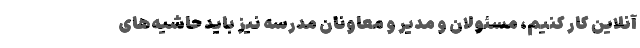
آنلاین کار کنیم، مسئولان و مدیر و معاونان مدرسه نیز باید حاشیه‌های